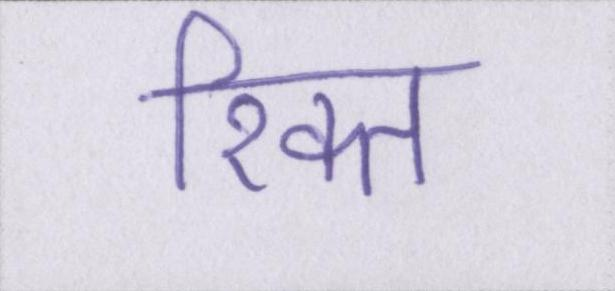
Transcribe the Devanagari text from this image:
रिक्त